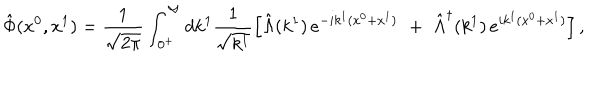
\hat { \Phi } ( x ^ { 0 } , x ^ { 1 } ) = \frac { 1 } { \sqrt { 2 \pi } } \int _ { 0 ^ { + } } ^ { \infty } d k ^ { 1 } \frac { 1 } { \sqrt { k ^ { 1 } } } \left[ \hat { \Lambda } ( k ^ { 1 } ) \, e ^ { - i k ^ { 1 } ( x ^ { 0 } + x ^ { 1 } ) } \, \, + \, \, \hat { \Lambda } ^ { \dagger } ( k ^ { 1 } ) \, e ^ { i k ^ { 1 } ( x ^ { 0 } + x ^ { 1 } ) } \right] ,